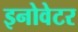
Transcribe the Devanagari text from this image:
इनोवेटर